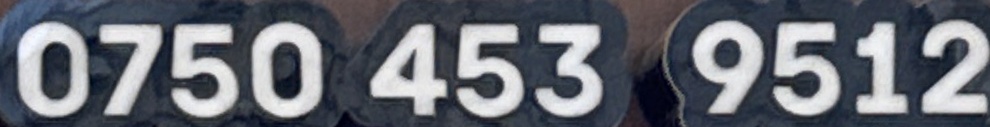
0750 453 9512